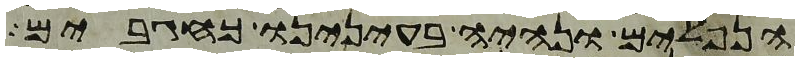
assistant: הנפלים ונהיה בעינינו כחגבים